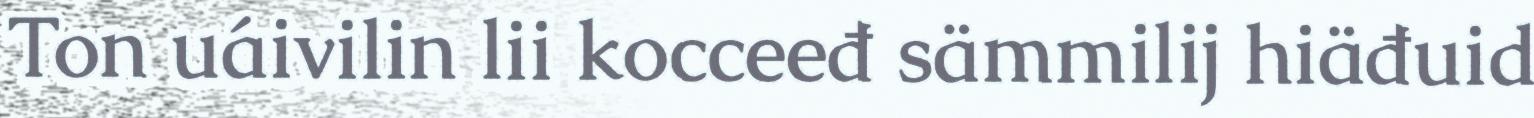
Ton uáivilin lii kocceeđ sämmilij hiäđuid